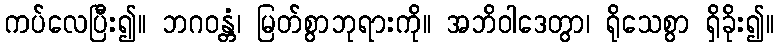
ကပ်လေပြီး၍။ ဘဂဝန္တံ၊ မြတ်စွာဘုရားကို။ အဘိဝါဒေတွာ၊ ရိုသေစွာ ရှိခိုး၍။